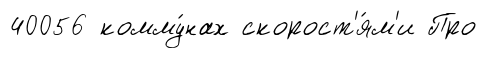
40056 комму́нах скорост'я́м'и Про